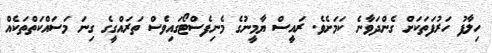
ހިލާފު ހަރުފަތަކަށް ގެންދަވާނެ ކަމަށެވެ. ރައީސް ޔާމީނުގެ މެނިފެސްޓޯގައިވެސް ތަރައްގީގެ ގިނަ މަސައްކަތްތަކެއް